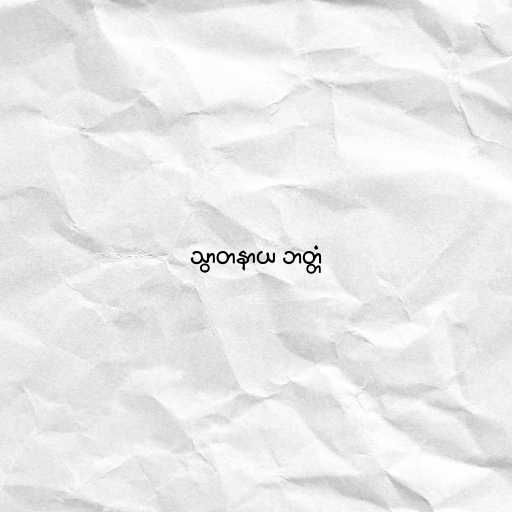
သွာတနာယ ဘတ္တံ